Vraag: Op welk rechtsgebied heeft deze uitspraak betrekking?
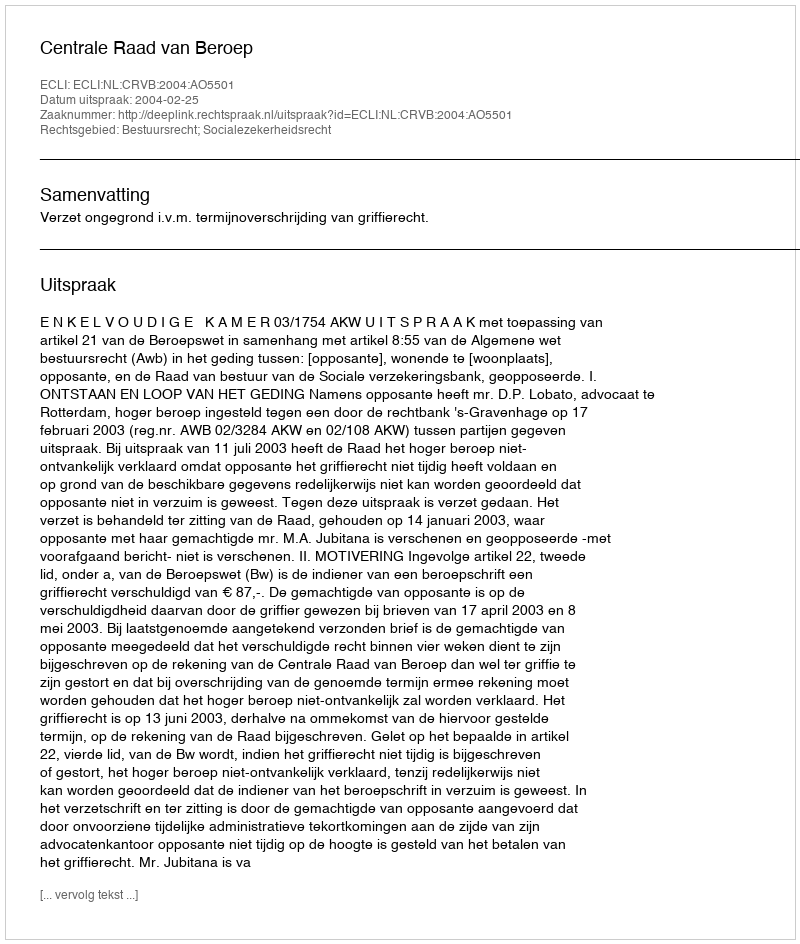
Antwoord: Bestuursrecht; Socialezekerheidsrecht